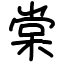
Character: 棠